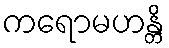
ကရောမဟန္တိ